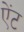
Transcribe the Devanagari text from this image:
ऐंट